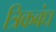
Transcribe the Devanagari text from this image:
त्रिकबंध